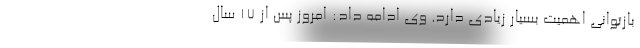
بازتوانی اهمیت بسیار زیادی دارد. وی ادامه داد: امروز پس از 17 سال